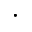
\cdot